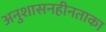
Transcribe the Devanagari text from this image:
अनुशासनहीनताका